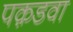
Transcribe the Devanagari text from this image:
पक़डवा